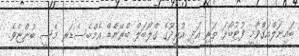
ބައިނަލްއަޤްވާމީ ފުޓުބޯޅަ ތަރި އަދި އުރީދޫގެ ގްލޯބަލް ބްރޭންޑް އެމްބެސެޑަރ މެސީ ބުންޏެވެ.